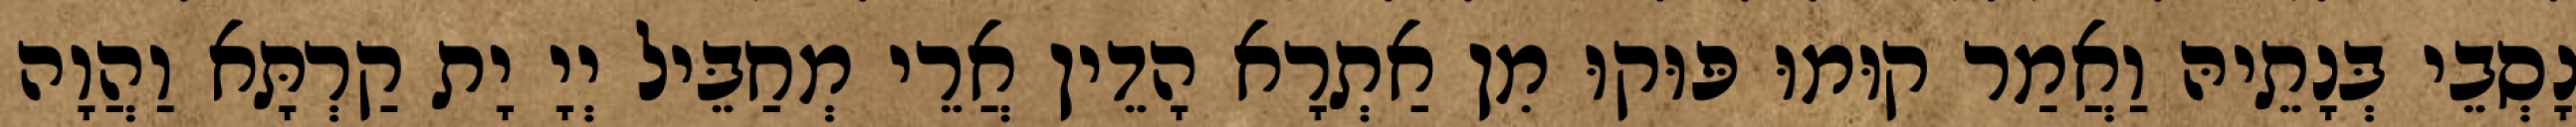
נָסְבֵי בְּנָתֵיהּ וַאֲמַר קוּמוּ פּוּקוּ מִן אַתְרָא הָדֵין אֲרֵי מְחַבֵּיל יְיָ יָת קַרְתָּא וַהֲוָה